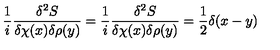
\frac { 1 } { i } \frac { \delta ^ { 2 } S } { \delta \chi ( x ) \delta \rho ( y ) } = \frac { 1 } { i } \frac { \delta ^ { 2 } S } { \delta \chi ( x ) \delta \rho ( y ) } = \frac { 1 } { 2 } \delta ( x - y )